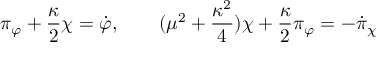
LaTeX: \pi _ { \varphi } + { \frac { \kappa } { 2 } } \chi = \dot { \varphi } , \qquad ( \mu ^ { 2 } + { \frac { \kappa ^ { 2 } } { 4 } } ) \chi + { \frac { \kappa } { 2 } } \pi _ { \varphi } = - \dot { \pi } _ { \chi }